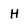
Character: H